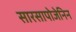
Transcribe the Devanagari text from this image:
सारसापोजेनिन